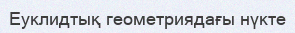
Еуклидтық геометриядағы нүкте